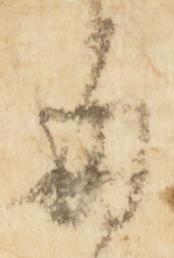
毎